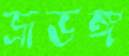
ভ্রূভঙ্গ